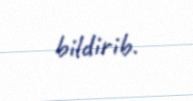
bildirib.